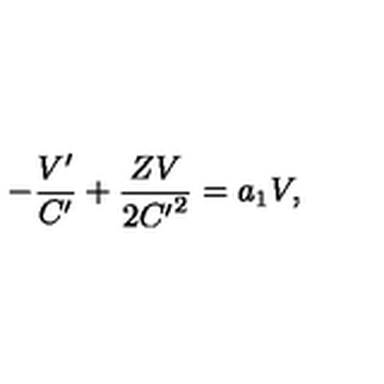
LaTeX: - \frac { V ^ { \prime } } { C ^ { \prime } } + \frac { Z V } { 2 { C ^ { \prime } } ^ { 2 } } = a _ { 1 } V ,